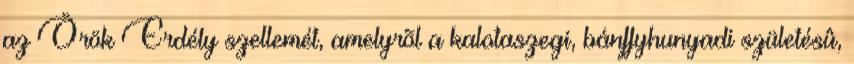
az Örök Erdély szellemét, amelyrõl a kalotaszegi, bánffyhunyadi születésû,